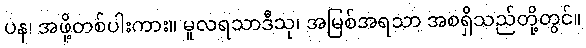
ပန၊ အဖို့တစ်ပါးကား။ မူလရသာဒီသု၊ အမြစ်အရသာ အစရှိသည်တို့တွင်။